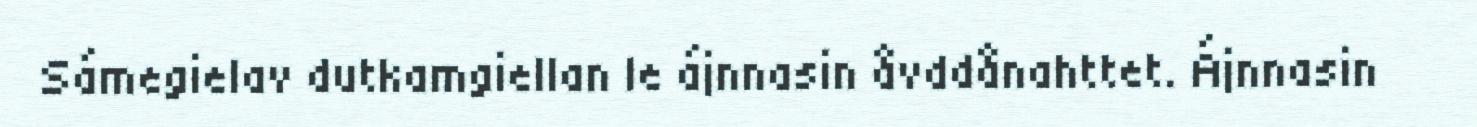
Sámegielav dutkamgiellan le ájnnasin åvddånahttet. Ájnnasin